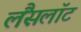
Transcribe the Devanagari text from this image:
लैंसलॉट